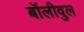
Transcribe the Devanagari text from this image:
बॉलीवुल